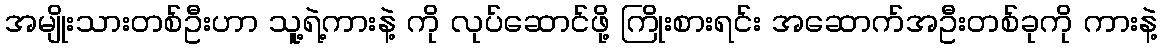
အမျိုးသားတစ်ဦးဟာ သူ့ရဲ့ကားနဲ့ ကို လုပ်ဆောင်ဖို့ ကြိုးစားရင်း အဆောက်အဦးတစ်ခုကို ကားနဲ့